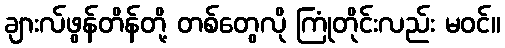
ချားလ်ဖွန်တိန်တို့ တစ်တွေလို ကြုံတိုင်းလည်း မဝင်။